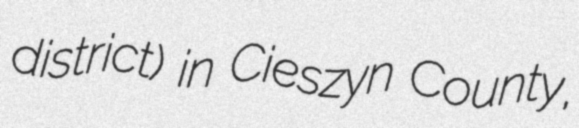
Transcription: district) in Cieszyn County,